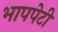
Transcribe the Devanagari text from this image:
भापपेटी